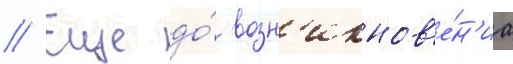
// Еще до́ возн'икнов'е́н'иа